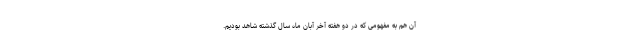
آن هم به مفهومی که در دو هفته آخر آبان ماه سال گذشته شاهد بودیم.